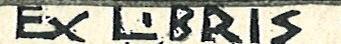
EX LBRIS